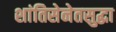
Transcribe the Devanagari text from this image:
शांतिसेनेतसुद्धा